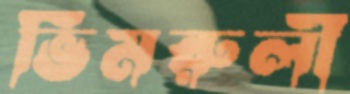
ভিমরুলী